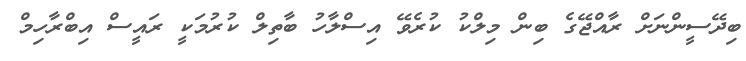
ބިދޭސީންނަށް ރާއްޖޭގެ ބިން މިލްކު ކުރެވޭ އިސްލާހު ބާތިލް ކުރުމަކީ ރައީސް އިބްރާހިމް